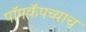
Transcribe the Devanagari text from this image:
पॉपकॅपच्याच